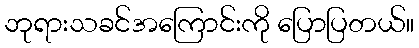
ဘုရားသခင်အကြောင်းကို ပြောပြတယ်။